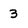
Character: 3